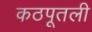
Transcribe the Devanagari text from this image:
कठपूतली